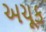
અચૂક